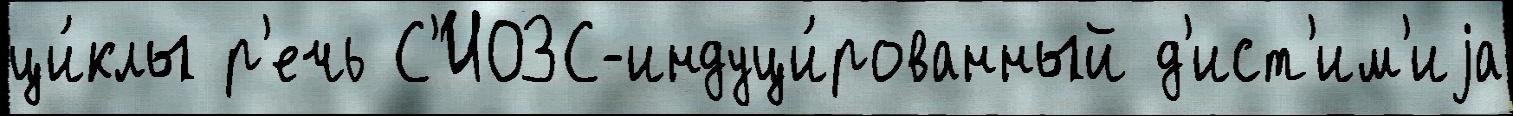
ци́клы р'ечь С'ИОЗС-индуци́рованный д'ист'им'иjа